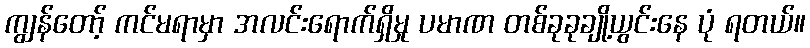
ကျွန်တော့် ကင်မရာမှာ အလင်းရောက်ရှိမှု ပမာဏ တစ်ခုခုချို့ယွင်းနေ ပုံ ရတယ်။